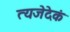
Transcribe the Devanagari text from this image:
त्यजेदेकं